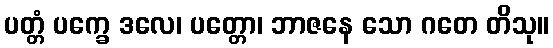
ပတ္တံ ပက္ခေ ဒလေ၊ ပတ္တော၊ ဘာဇနေ သော ဂတေ တိသု။